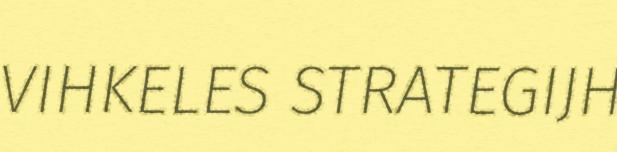
VIHKELES STRATEGIJH